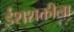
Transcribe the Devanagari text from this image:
ईशशक्तीला